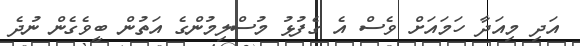
އަދި މިއަދާ ހަމައަށް ވެސް އެ ގެފުޅު މުސްލިމުންގެ އަތުން ބީވެގެން ނުދެ